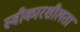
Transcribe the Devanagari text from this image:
स्वीकारशीलता